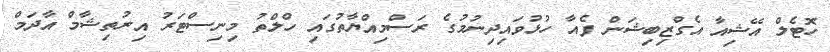
ހޮޓެލް އޭޝިއާ އެގްޒިބިޝަން ފެއާ ހުޅުވައިދިނުމުގެ ރަސްމިއްޔާތުގައި ހްލްތު މިނިސްޓަރު އިރުތިޝާމް އާދަމް